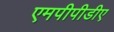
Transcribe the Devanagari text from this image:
एमपीपीडीए